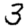
Digit: 3